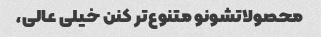
محصولاتشونو متنوع‌تر کنن خیلی عالی،